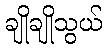
ချိုချိုသွယ်